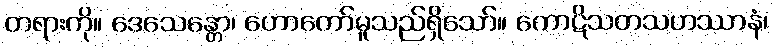
တရားကို။ ဒေသေန္တော၊ ဟောတော်မူသည်ရှိသော်။ ကောဋိသတသဟဿာနံ၊